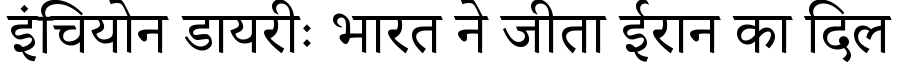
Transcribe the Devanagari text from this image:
इंचियोन डायरीः भारत ने जीता ईरान का दिल